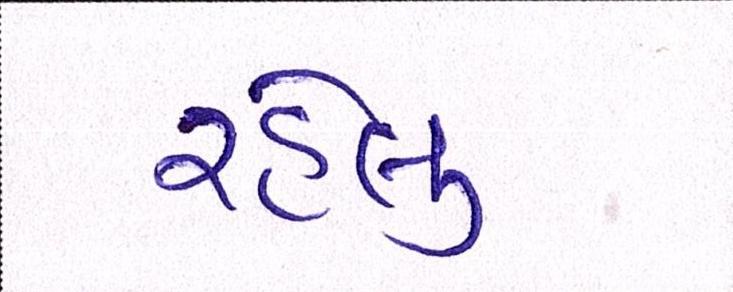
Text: રહેલુ